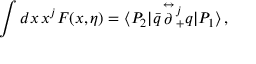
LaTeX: \int d x \, x ^ { j } F ( x , \eta ) = \langle P _ { 2 } | \bar { q } \! \stackrel { \leftrightarrow } { \partial } { \! } _ { + } ^ { j } q | P _ { 1 } \rangle \, ,